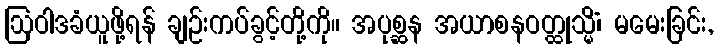
ဩဝါဒခံယူဖို့ရန် ချဉ်းကပ်ခွင့်တို့ကို။ အပုစ္ဆန အယာစနဝတ္ထုသ္မိံ၊ မမေးခြင်း,